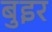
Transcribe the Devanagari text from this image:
बुइर